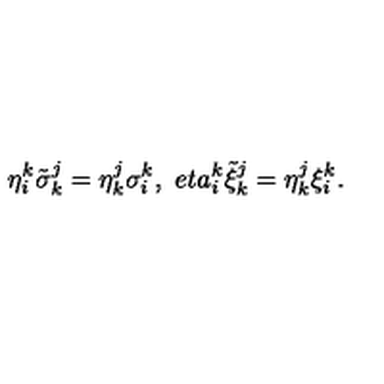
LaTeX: \eta _ { i } ^ { k } \tilde { \sigma } _ { k } ^ { j } = \eta _ { k } ^ { j } \sigma _ { i } ^ { k } , \ e t a _ { i } ^ { k } \tilde { \xi } _ { k } ^ { j } = \eta _ { k } ^ { j } \xi _ { i } ^ { k } .